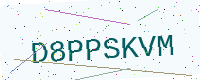
Text: D8PPSKVM